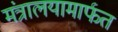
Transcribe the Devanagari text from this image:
मंत्रालयामार्फत